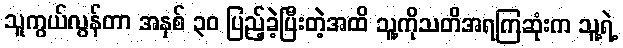
သူကွယ်လွန်တာ အနှစ် ၃၀ ပြည့်ခဲ့ပြီးတဲ့အထိ သူ့ကိုသတိအရကြဆုံးက သူ့ရဲ့